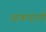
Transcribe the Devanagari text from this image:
आकारानी